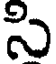
సి